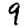
Digit: 9